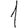
Digit: 1